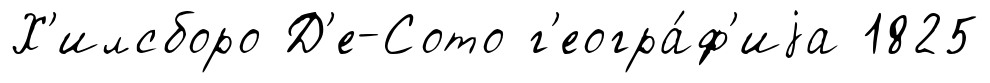
Х'илсборо Д'е-Сото г'еогра́ф'иjа 1825